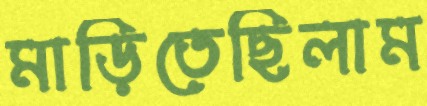
মাড়িতেছিলাম